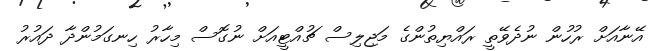
އޭނާއަށް ރުހުން ނުދެވޭތީ ރައްޔިތުންގެ މަޖިލިސް ޗުއްޓީއަށް ނުގޮސް މިހާރު ހިނގަމުންދާ ދައުރު